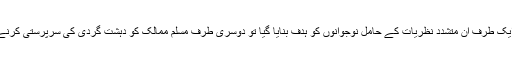
مسلم دنیا کی یہ بدلی ہوئی صورت حال امریکہ کے مفادات کے عین مطابق تھیں چنانچہ ایک طرف ان متشدد نظریات کے حامل نوجوانوں کو ہدف بنایا گیا تو دوسری طرف مسلم ممالک کو دہشت گردی کی سرپرستی کرنے کے الزام میں طرح طرح سے دباو میں لانے کی حکمت عملی بھی جاری وساری رہی۔